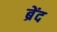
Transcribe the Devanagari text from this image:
ब्रेंद